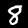
Digit: 8